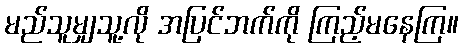
မည်သူမျှသူ့လို အပြင်ဘက်ကို ကြည့်မနေကြ။